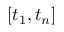
[ t _ { 1 } , t _ { n } ]